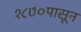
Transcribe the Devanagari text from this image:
१८७०पासून